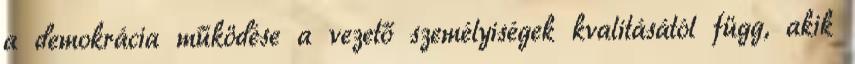
a demokrácia működése a vezető személyiségek kvalitásától függ, akik